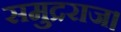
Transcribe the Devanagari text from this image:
समुद्रराज।